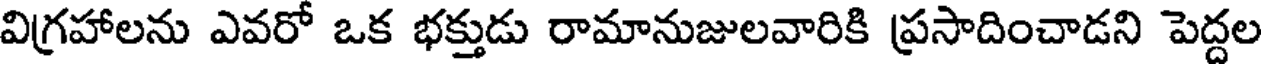
విగ్రహాలను ఎవరో ఒక భక్తుడు రామానుజులవారికి ప్రసాదించాడని పెద్దల